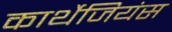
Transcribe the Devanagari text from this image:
कार्थेजियंस